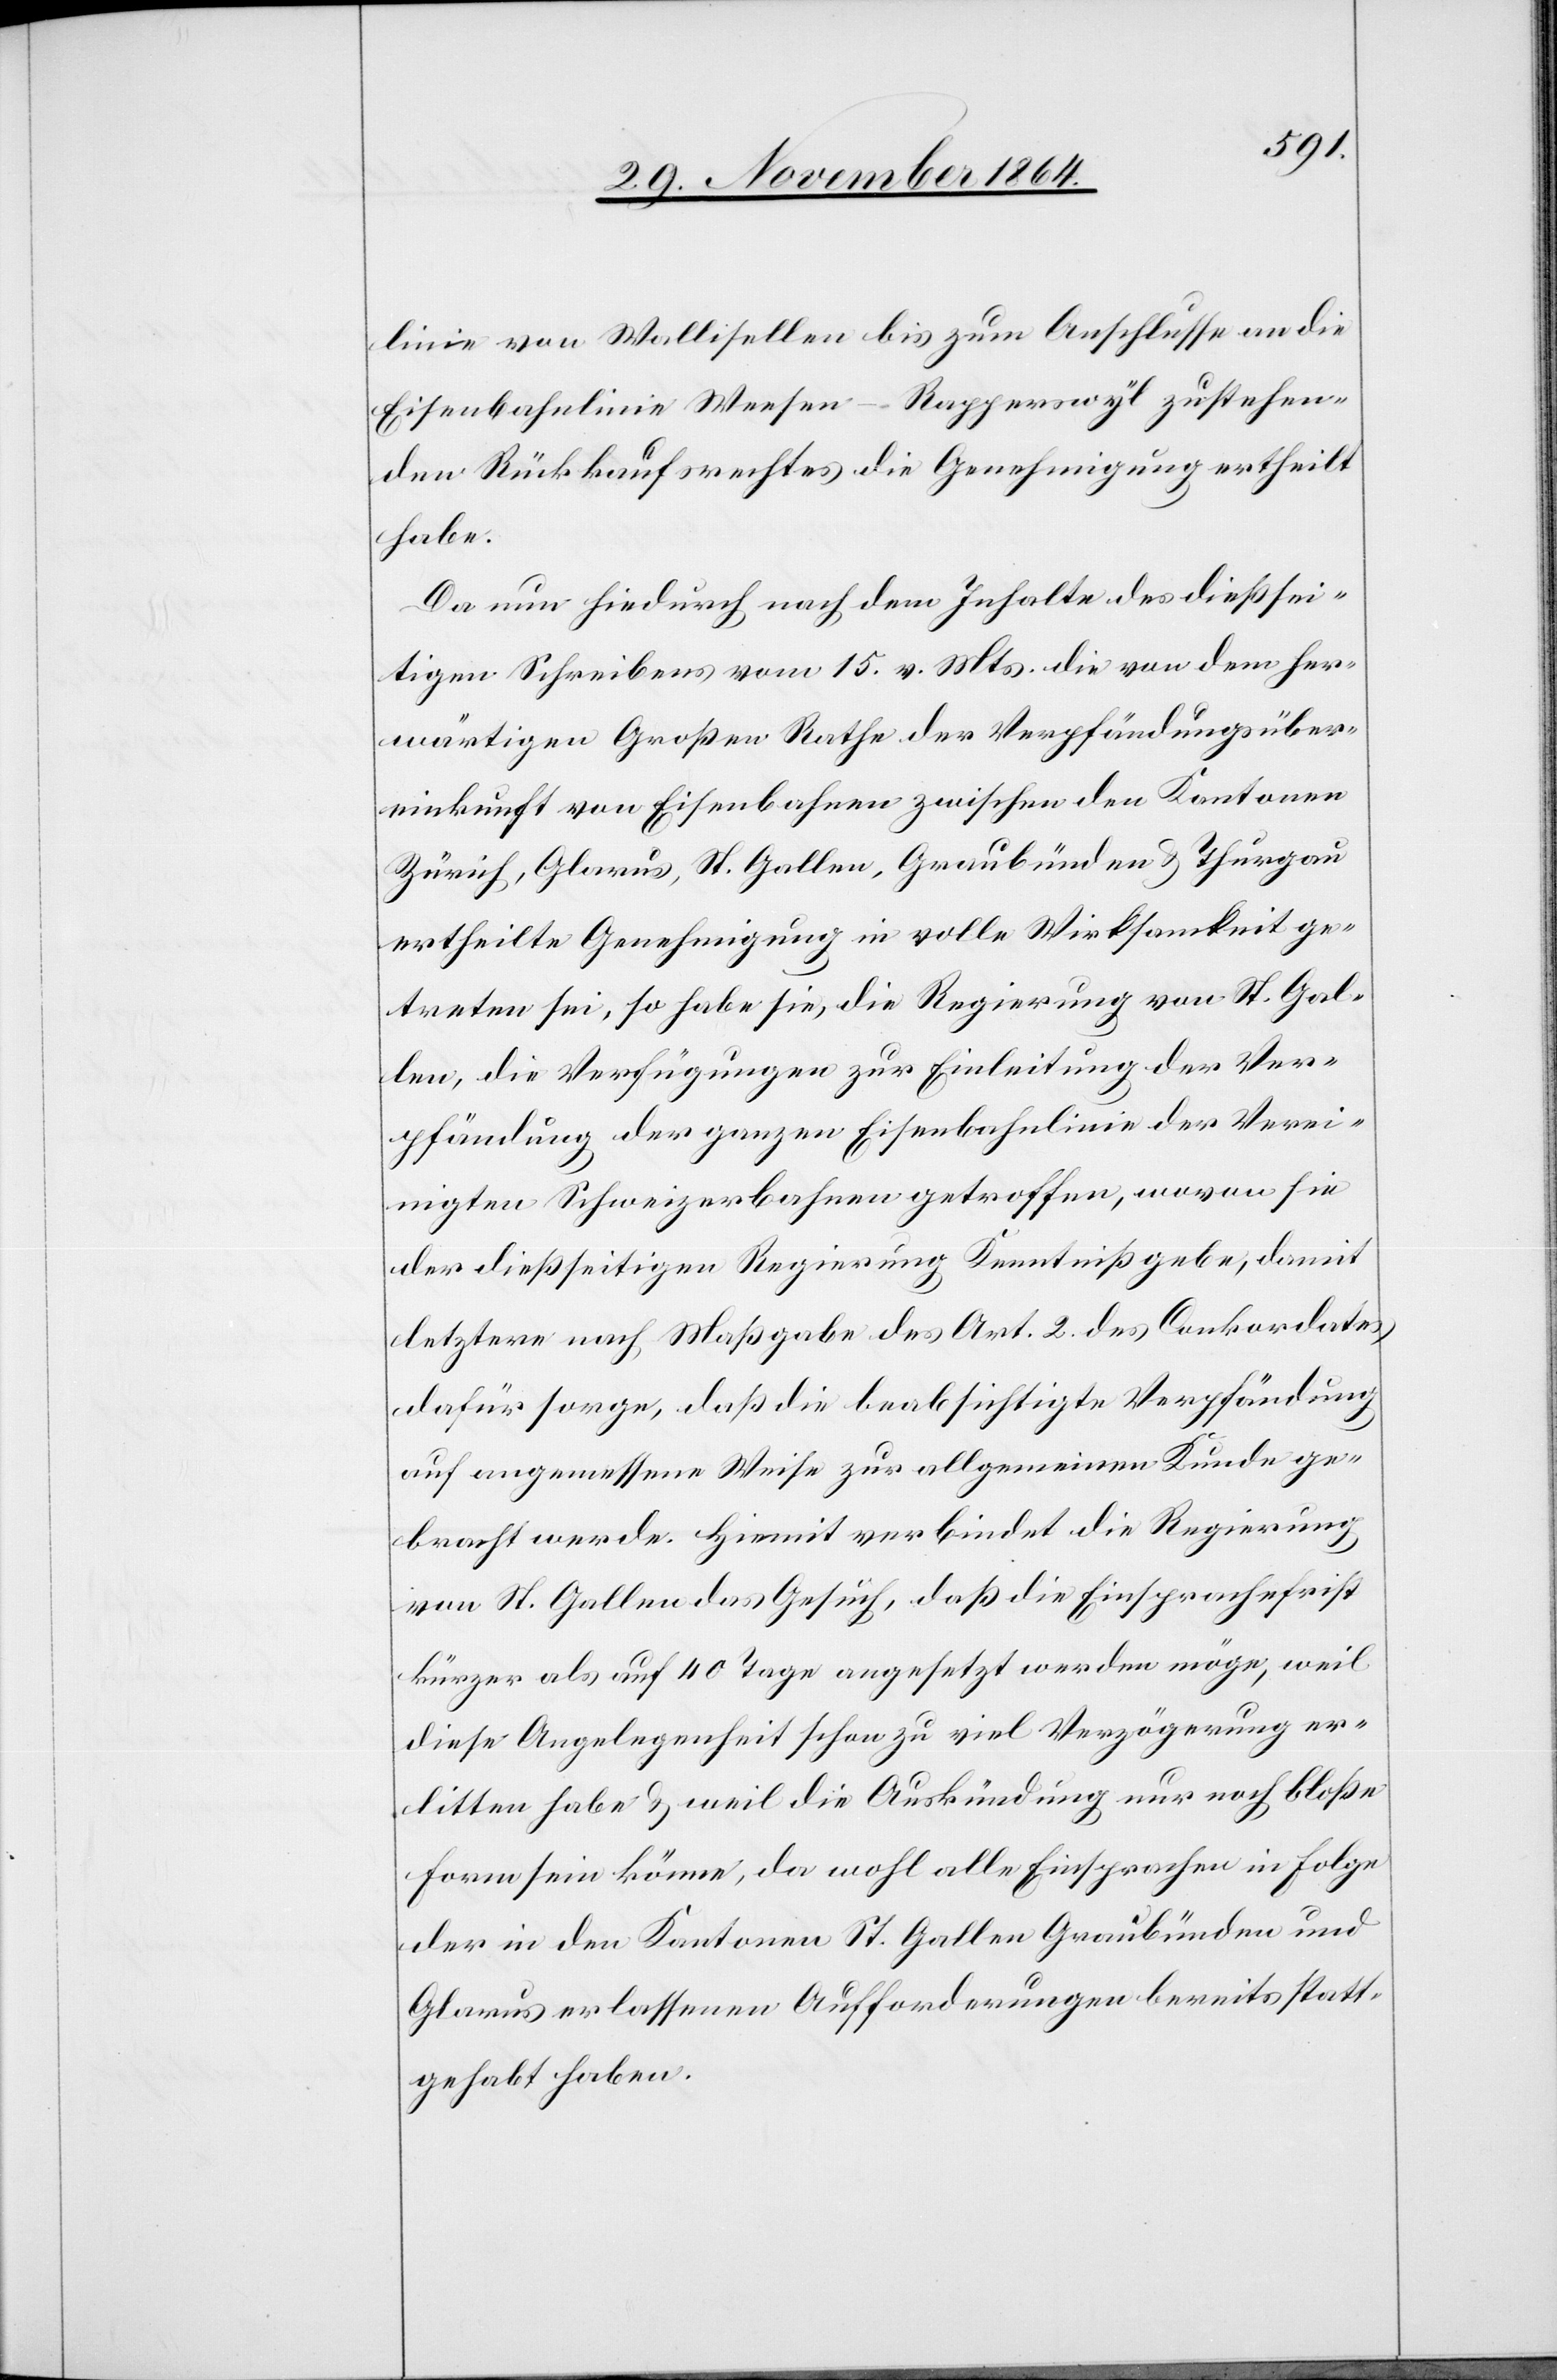
linie von Wallisellen bis zum Anschlusse an die
Eisenbahnlinie Weesen–Rapperswyl zustehen¬
den Rückkaufsrechtes die Genehmigung ertheilt
habe.
Da nun hiedurch nach dem Inhalte des dießsei¬
tigen Schreibens vom 15. v. Mts. die von dem her¬
wärtigen Großen Rathe der Verpfändungsüber¬
einkunft von Eisenbahnen zwischen den Kantonen
Zürich, Glarus, St. Gallen, Graubünden & Thurgau
ertheilte Genehmigung in volle Wirksamkeit ge¬
treten sei, so habe sie, die Regierung von St. Gal¬
len, die Verfügungen zur Einleitung der Ver¬
pfändung der ganzen Eisenbahnlinie der Verei¬
nigten Schweizerbahnen getroffen, wovon sie
der dießseitigen Regierung Kenntniß gebe, damit
letztere nach Maßgabe des Art. 2 des Conkordats
dafür sorge, daß die beabsichtigte Verpfändung
auf angemessene Weise zur allgemeinen Kunde ge¬
bracht werde. Hiemit verbindet die Regierung
von St. Gallen das Gesuch, daß die Einsprachefrist
kürzer als auf 40 Tage angesetzt werden möge, weil
diese Angelegenheit schon zu viel Verzögerung er¬
litten habe & weil die Auskündung nur noch bloße
Form sein könne, da wohl alle Einsprachen in Folge
der in den Kantonen St. Gallen[,] Graubünden und
Glarus erlassenen Aufforderungen bereits statt¬
gehabt haben.